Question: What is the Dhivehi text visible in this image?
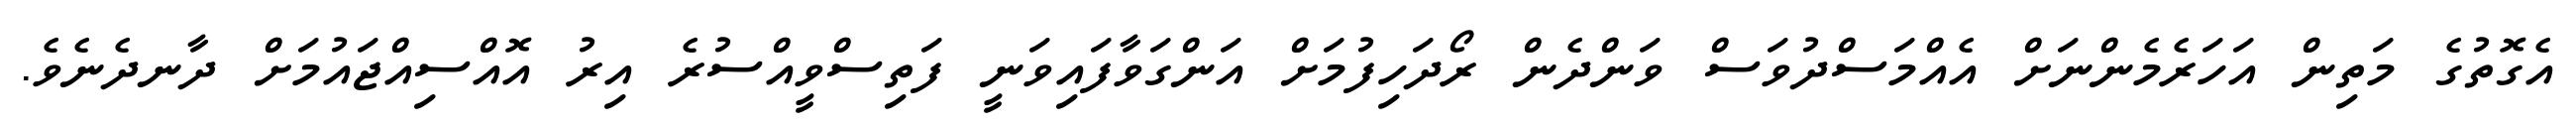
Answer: އެގޮތުގެ މަތިން އަހަރެމެންނަށް އެއްމަސްދުވަސް ވަންދެން ރޯދަހިފުމަށް އަންގަވާފައިވަނީ ފަތިސްވީއްސުރެ އިރު އޮއްސިއްޖައުމަށް ދާނދެނެވެ.